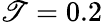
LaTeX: \mathscr{T}=0.2